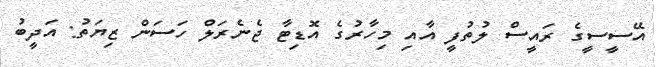
އޭސީސީގެ ރައީސް ލުތުފީ އާއި މިހާރުގެ އޮޑިޓާ ޖެނެރަލް ހަސަން ޒިޔަތު: އަދީބު